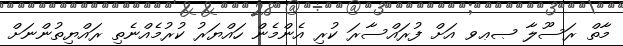
މާތް ރަސޫލާ ޞޢވ އަށް ފުރައްސާރަ ކުރި އެންމެން ހައްޔަރު ކުރުމެއްނެތި ރައްޔިތުންނަށް